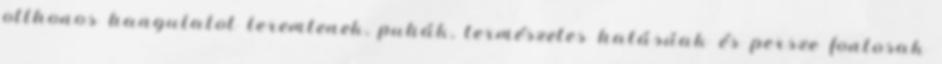
otthonos hangulatot teremtenek, puhák, természetes hatásúak és persze fontosak